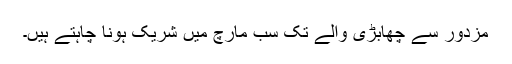
مزدور سے چھابڑی والے تک سب مارچ میں شریک ہونا چاہتے ہیں۔